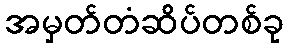
အမှတ်တံဆိပ်တစ်ခု